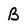
Character: B